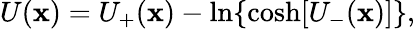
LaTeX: U(\mathbf{x})=U_{+}(\mathbf{x})-\ln\{ \cosh[U_{-}(\mathbf{x})]\} ,